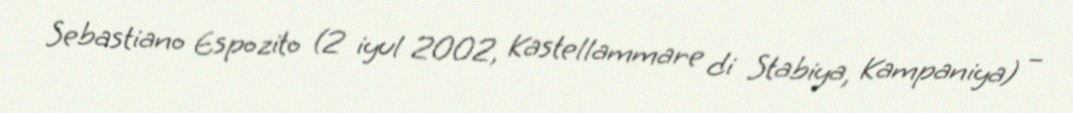
Sebastiano Espozito (2 iyul 2002, Kastellammare di Stabiya, Kampaniya) –